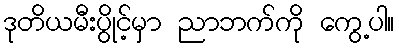
ဒုတိယမီးပွိုင့်မှာ ညာဘက်ကို ကွေ့ပါ။